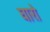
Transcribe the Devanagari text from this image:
घारो